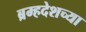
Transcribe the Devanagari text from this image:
ब्रम्हदेशच्या